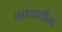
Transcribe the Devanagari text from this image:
भाकरीस